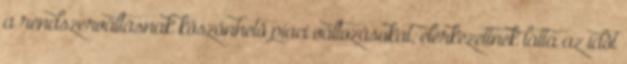
a rendszerváltásnak köszönhetô piaci változásokat, elérkezettnek látta az idôt